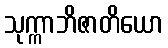
သုက္ကာဘိဇာတိယော